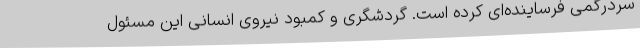
سردرگمی فرساینده‌ای کرده است. گردشگری و کمبود نیروی انسانی این مسئول